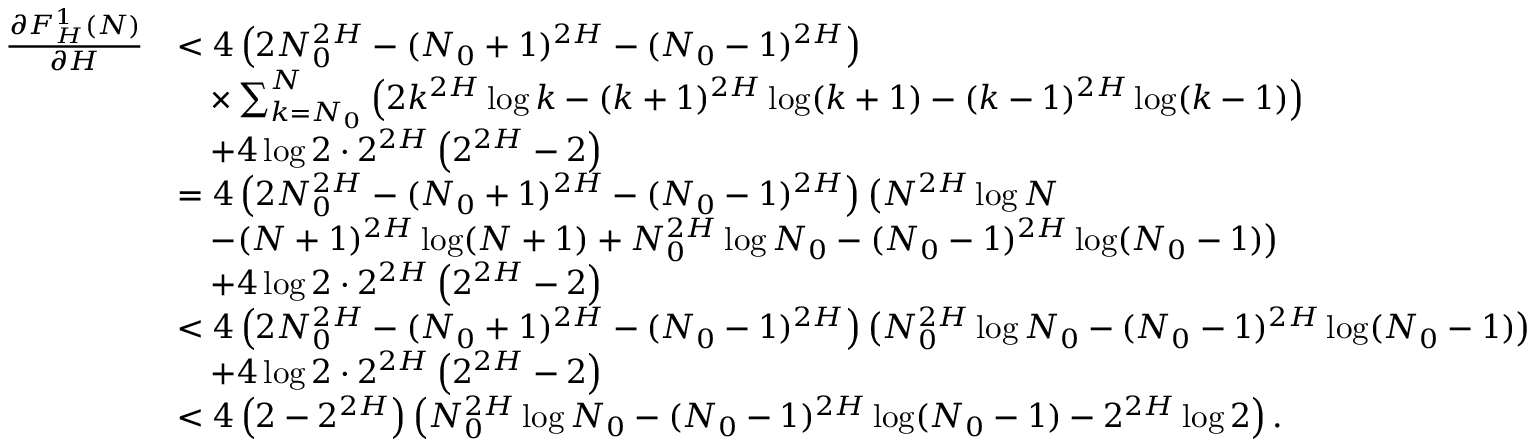
\begin{array} { r l } { \frac { \partial F _ { H } ^ { 1 } ( N ) } { \partial H } } & { < 4 \left( 2 N _ { 0 } ^ { 2 H } - ( N _ { 0 } + 1 ) ^ { 2 H } - ( N _ { 0 } - 1 ) ^ { 2 H } \right) } \\ & { \quad \times \sum _ { k = N _ { 0 } } ^ { N } \left( 2 k ^ { 2 H } \log k - ( k + 1 ) ^ { 2 H } \log ( k + 1 ) - ( k - 1 ) ^ { 2 H } \log ( k - 1 ) \right) } \\ & { \quad + 4 \log 2 \cdot 2 ^ { 2 H } \left( 2 ^ { 2 H } - 2 \right) } \\ & { = 4 \left( 2 N _ { 0 } ^ { 2 H } - ( N _ { 0 } + 1 ) ^ { 2 H } - ( N _ { 0 } - 1 ) ^ { 2 H } \right) \bigl ( N ^ { 2 H } \log N } \\ & { \quad - ( N + 1 ) ^ { 2 H } \log ( N + 1 ) + N _ { 0 } ^ { 2 H } \log N _ { 0 } - ( N _ { 0 } - 1 ) ^ { 2 H } \log ( N _ { 0 } - 1 ) \bigr ) } \\ & { \quad + 4 \log 2 \cdot 2 ^ { 2 H } \left( 2 ^ { 2 H } - 2 \right) } \\ & { < 4 \left( 2 N _ { 0 } ^ { 2 H } - ( N _ { 0 } + 1 ) ^ { 2 H } - ( N _ { 0 } - 1 ) ^ { 2 H } \right) \bigl ( N _ { 0 } ^ { 2 H } \log N _ { 0 } - ( N _ { 0 } - 1 ) ^ { 2 H } \log ( N _ { 0 } - 1 ) \bigr ) } \\ & { \quad + 4 \log 2 \cdot 2 ^ { 2 H } \left( 2 ^ { 2 H } - 2 \right) } \\ & { < 4 \left( 2 - 2 ^ { 2 H } \right) \left( N _ { 0 } ^ { 2 H } \log N _ { 0 } - ( N _ { 0 } - 1 ) ^ { 2 H } \log ( N _ { 0 } - 1 ) - 2 ^ { 2 H } \log 2 \right) . } \end{array}